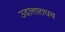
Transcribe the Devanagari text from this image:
उदात्ताराघव